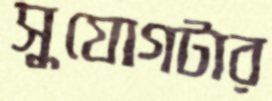
সুযোগটার